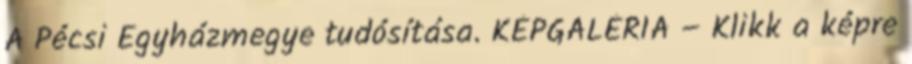
A Pécsi Egyházmegye tudósítása. KÉPGALÉRIA – Klikk a képre